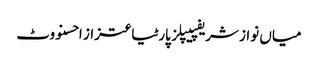
میاں نواز شریفپیپلز پارٹیاعتزاز احسنووٹ